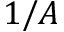
1 / A